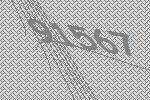
91567